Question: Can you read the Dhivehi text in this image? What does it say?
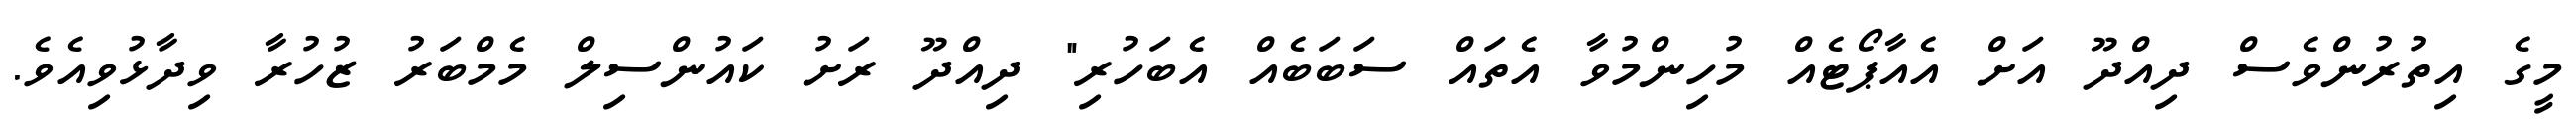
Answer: މީގެ އިތުރުންވެސް ދިއްދޫ އަށް އެއާޕޯޓެއް މުހިންމުވާ އެތައް ސަބަބެއް އެބަހުރި" ދިއްދޫ ރަށު ކައުންސިލް މެމްބަރު ޒުހުރާ ވިދާޅުވިއެވެ.